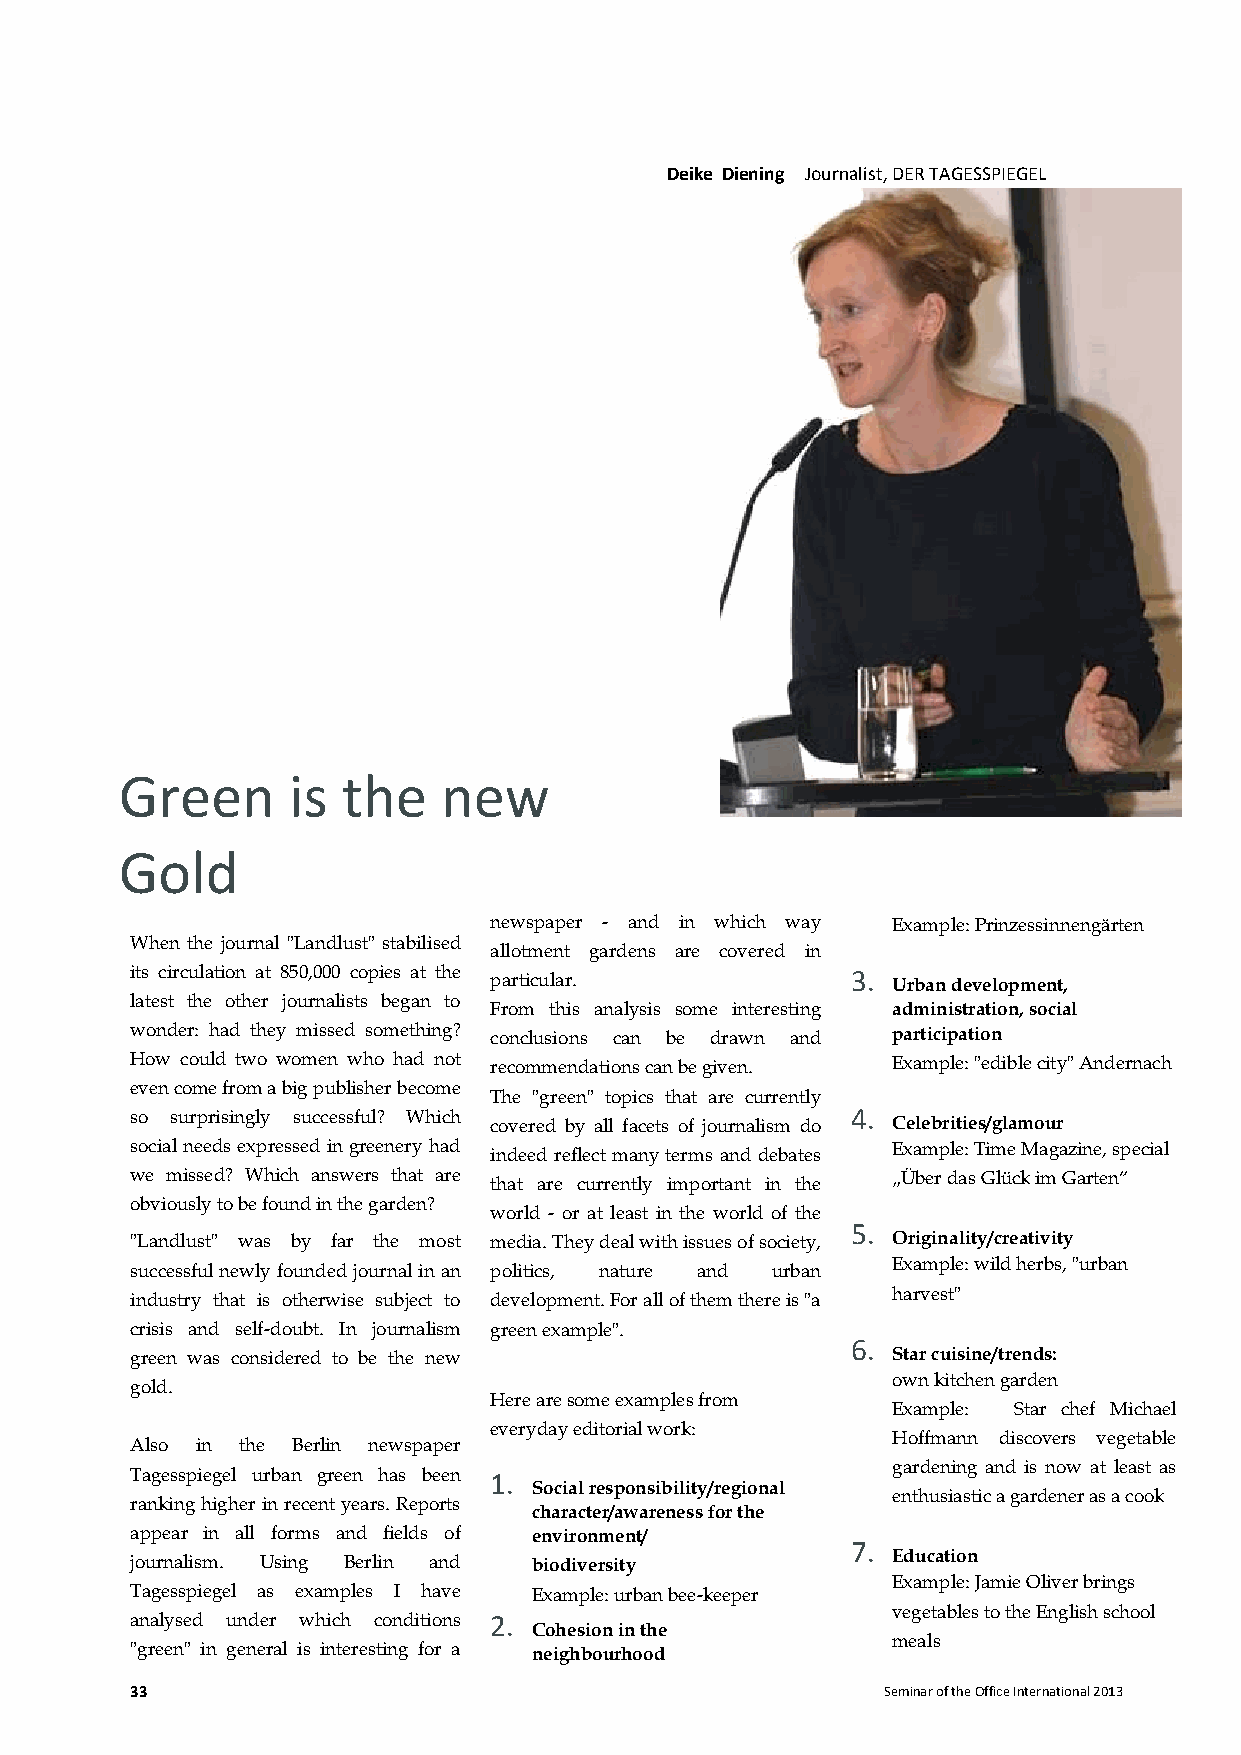
Deike Diening Journalist, DER TAGESSPIEGEL
 Green      is  the   new
 Gold
 newspaper - and in which way Example: Prinzessinnengärten
 When the journal "Landlust" stabilised
 allotment gardens are covered in
 its circulation at 850,000 copies at the particular. 3. Urban development,
 latest the other journalists began to
 From this analysis some interesting administration, social
 wonder: had they missed something? conclusions can be drawn and participation
 How could two women who had not recommendations can be given. Example: "edible city" Andernach
 even come from a big publisher become
 The "green" topics that are currently
 so surprisingly successful? Which covered by all facets of journalism do 4. Celebrities/glamour
 social needs expressed in greenery had indeed reflect many terms and debates Example: Time Magazine, special
 we missed? Which answers that are that are currently important in the „Über das Glück im Garten“
 obviously to be found in the garden?
 world - or at least in the world of the
 5.
 "Landlust" was by far the most media. They deal with issues of society, Originality/creativity
 successful newly founded journal in an politics, nature and urban Example: wild herbs, "urban
 industry that is otherwise subject to development. For all of them there is "a harvest"
 crisis and self-doubt. In journalism green example".
 6.
 green was considered to be the new                Star cuisine/trends:
 own kitchen garden
 gold.
 Here are some examples from
 Example: Star chef Michael
 everyday editorial work:
 Hoffmann discovers vegetable
 Also in the Berlin newspaper
 gardening and is now at least as
 Tagesspiegel urban green has been 1.
 Social responsibility/regional
 enthusiastic a gardener as a cook
 ranking higher in recent years. Reports
 character/awareness for the
 appear in all forms and fields of environment/
 7.
 journalism. Using Berlin and biodiversity         Education
 Example: Jamie Oliver brings
 Tagesspiegel as examples I have Example: urban bee-keeper
 vegetables to the English school
 analysed under which conditions 2.
 Cohesion in the
 meals
 "green" in general is interesting for a neighbourhood
 33                                                Seminar of the Office International 2013